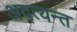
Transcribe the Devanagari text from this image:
अद्त्यन्त